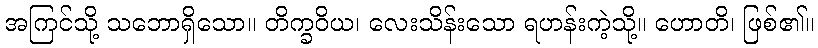
အကြင်သို့ သဘောရှိသော။ တိက္ခဝိယ၊ လေးသိန်းသော ရဟန်းကဲ့သို့။ ဟောတိ၊ ဖြစ်၏။